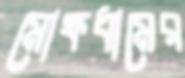
মোক্ষধামের